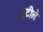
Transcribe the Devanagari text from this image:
लुटीले